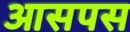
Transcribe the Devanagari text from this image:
आसपस